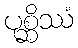
ပုစ္ဆိဿံ